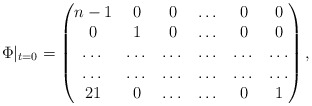
\begin{align*} \Phi|_{t=0}=\begin{pmatrix} n-1 & 0 & 0 & \dots & 0 & 0 \\ 0 & 1 & 0 & \dots & 0 & 0 \\ \dots & \dots & \dots & \dots & \dots & \dots\\ \dots & \dots & \dots & \dots & \dots & \dots\\ 21 & 0 & \dots & \dots & 0 & 1 \end{pmatrix},\end{align*}